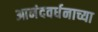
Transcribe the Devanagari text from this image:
आनंदवर्धनाच्या